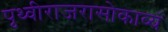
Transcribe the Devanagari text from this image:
पृथ्वीराजरासोकाव्यं